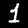
Digit: 1